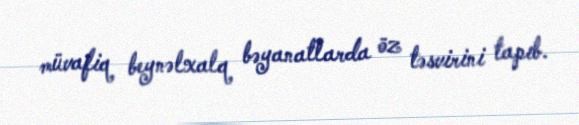
müvafiq beynəlxalq bəyanatlarda öz təsvirini tapıb.